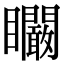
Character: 矙